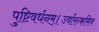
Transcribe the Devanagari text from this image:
पुष्टिवर्धनम्।उर्वारुकमिव